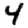
Digit: 4